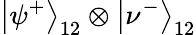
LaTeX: \left|\psi^{+}\right\rangle_{12}\otimes\left|\nu^{-}\right\rangle_{12}